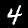
Digit: 4